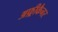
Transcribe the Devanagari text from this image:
अफ़्रीकैनर